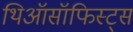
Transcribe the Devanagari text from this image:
थिऑसॉफिस्ट्स